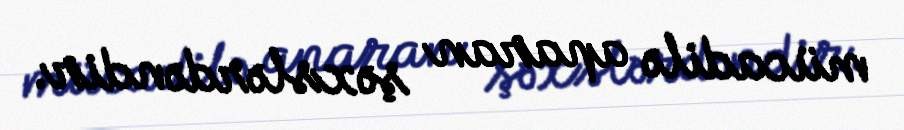
mücadilə aparan şəxslərdəndir.